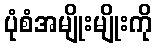
ပုံစံအမျိုးမျိုးကို